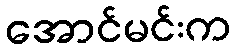
အောင်မင်းက